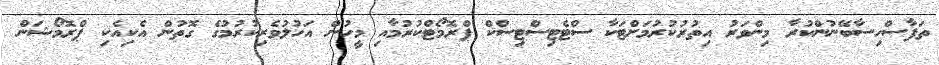
ތަފާސްހިސާބޭނުންކުރާ މިންވަރު އިތުރުކުރުމަށްޓަކާ ސްޓެޓިސްޓިސްކް ޕްރޮމޯޓްކުރުމާއި މީހުން އަހުލުވެރިކުރުމުގެ ގޮތުން އެކިއެކި ޕްރޮމޯޝަން